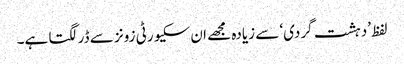
لفظ ’دہشت گردی‘ سے زیادہ مجھے ان سکیورٹی زونز سے ڈر لگتا ہے۔